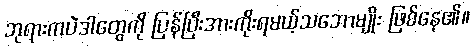
ဘုရားကပဲဒါတွေကို ပြန်ပြီးအားကိုးရမယ့်သဘောမျိုး ဖြစ်နေ၏။